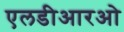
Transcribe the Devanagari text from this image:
एलडीआरओ